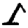
Digit: 1